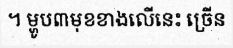
។ ម្ហូប៣មុខខាងលើនេះ ច្រើន